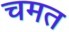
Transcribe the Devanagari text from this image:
चमत